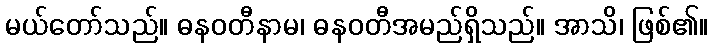
မယ်တော်သည်။ ဓနဝတီနာမ၊ ဓနဝတီအမည်ရှိသည်။ အာသိ၊ ဖြစ်၏။